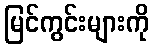
မြင်ကွင်းများကို